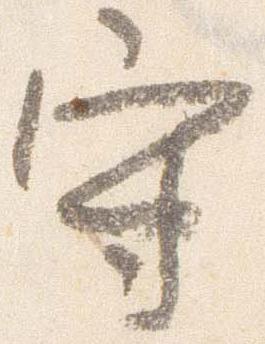
守